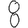
Digit: 8